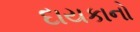
દાયકાનો